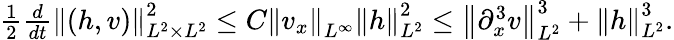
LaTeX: \begin{array}{r}{\frac{1}{2}\frac{d}{dt}\left\| (h,v)\right\| _{L^{2}\times L^{2}}^{2}\leq C\left\| v_{x}\right\| _{L^{\infty}}\left\| h\right\| _{L^{2}}^{2}\leq\left\| \partial_{x}^{3}v\right\| _{L^{2}}^{3}+\left\| h\right\| _{L^{2}}^{3}.}\end{array}